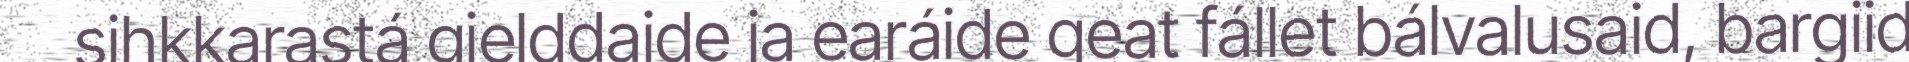
sihkkarastá gielddaide ja earáide geat fállet bálvalusaid, bargiid